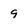
Character: 9